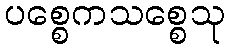
ပစ္စေကသစ္စေသု